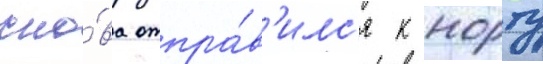
сно́ва отпра́в'илс'я к норту